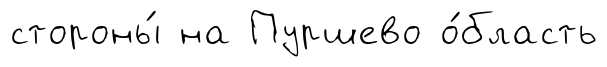
стороны́ на Пуршево о́бласть